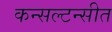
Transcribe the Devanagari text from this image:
कन्सल्टन्सीत